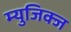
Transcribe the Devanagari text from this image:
म्युजिक्ज